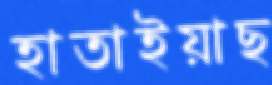
হাতাইয়াছ